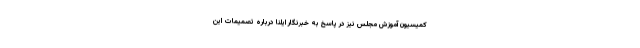
کمیسیون آموزش مجلس نیز در پاسخ به خبرنگار ایلنا درباره تصمیمات این